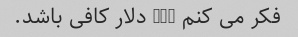
فکر می کنم 250 دلار کافی باشد.